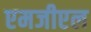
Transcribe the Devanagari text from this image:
एमजीएल